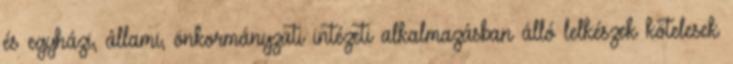
és egyházi, állami, önkormányzati intézeti alkalmazásban álló lelkészek kötelesek